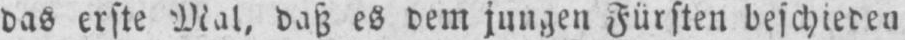
das erste Mal, daß es dem jungen Fürsten beschieden